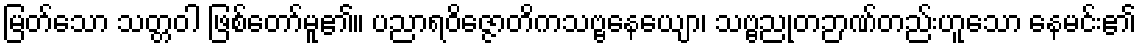
မြတ်သော သတ္တဝါ ဖြစ်တော်မူ၏။ ပညာရဝိဇ္ဇောတိကသဗ္ဗနေယျော၊ သဗ္ဗညုတဉာဏ်တည်းဟူသော နေမင်း၏